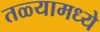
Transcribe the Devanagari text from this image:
तळ्यामध्ये